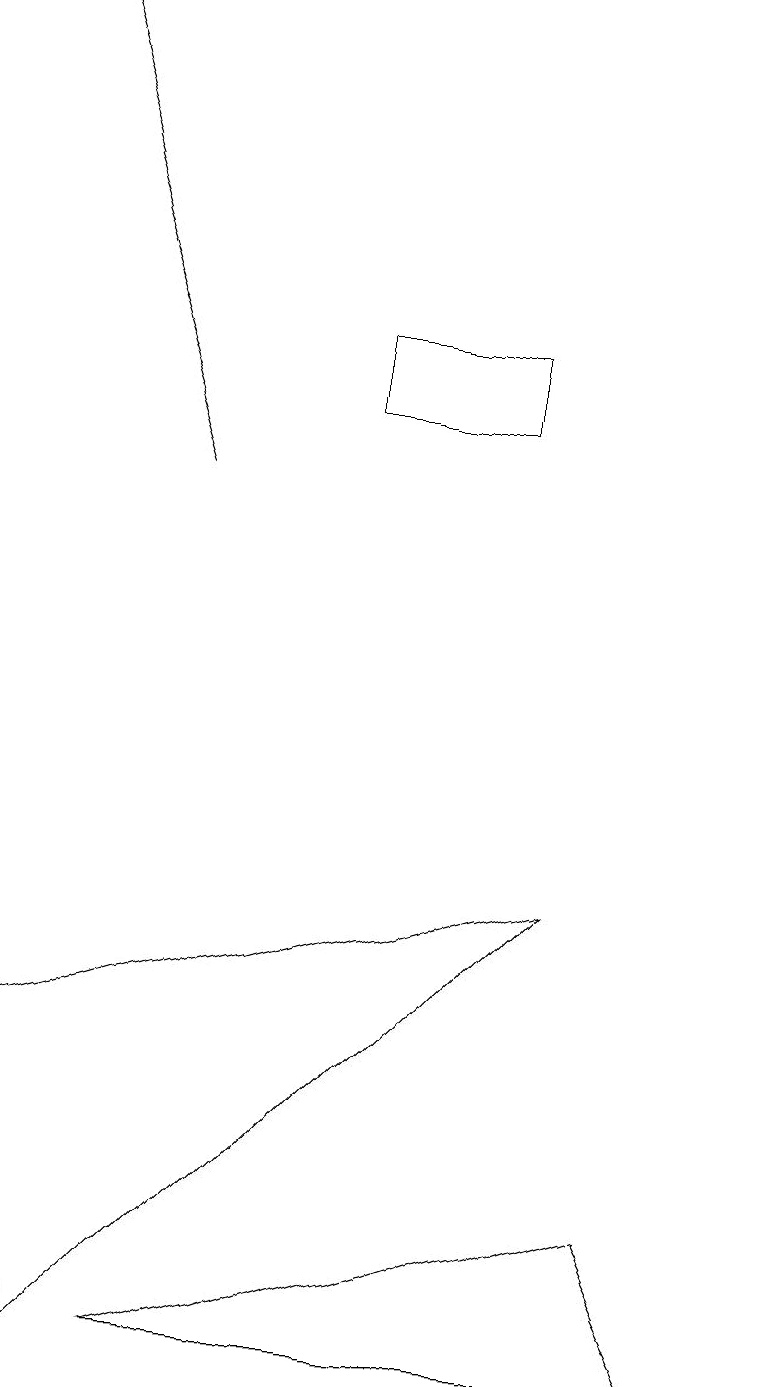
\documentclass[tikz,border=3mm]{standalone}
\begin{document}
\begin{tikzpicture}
\draw[->] (2,13) -- (0,19);
\draw (4,15) rectangle (6,14);
\draw (9,2) -- (8,4) -- (2,2) -- cycle;
\draw (7,8) -- (0,6) -- (1,2) -- cycle;
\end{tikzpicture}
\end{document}